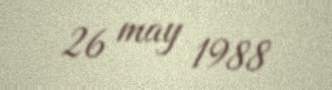
26 may 1988